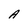
Character: A